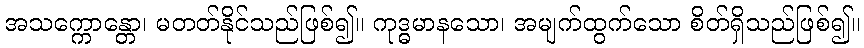
အသက္ကောန္တော၊ မတတ်နိုင်သည်ဖြစ်၍။ ကုဒ္ဓမာနသော၊ အမျက်ထွက်သော စိတ်ရှိသည်ဖြစ်၍။